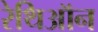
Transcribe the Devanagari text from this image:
रेथिऑन